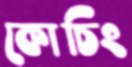
কোচিং